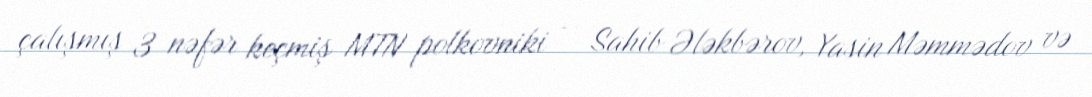
çalışmış 3 nəfər keçmiş MTN polkovniki – Sahib Ələkbərov, Yasin Məmmədov və